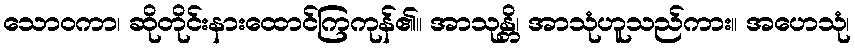
သောဝကာ၊ ဆိုတိုင်းနားထောင်ကြကုန်၏။ အာသုန္တိ၊ အာသုံဟူသည်ကား။ အဟေသုံ၊